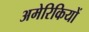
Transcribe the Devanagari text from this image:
अमेरिकियों